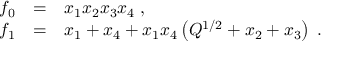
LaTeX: \begin{array} { l l l } { { f _ { 0 } } } & { { = } } & { { x _ { 1 } x _ { 2 } x _ { 3 } x _ { 4 } \; , } } \\ { { f _ { 1 } } } & { { = } } & { { x _ { 1 } + x _ { 4 } + x _ { 1 } x _ { 4 } \left( Q ^ { 1 / 2 } + x _ { 2 } + x _ { 3 } \right) \; . } } \end{array}